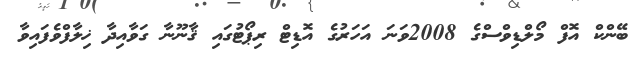
ބޭންކް އޮފް މޯލްޑިވްސްގެ 2008ވަނަ އަހަރުގެ އޮޑިޓް ރިޕޯޓުގައި ޤާނޫނާ ގަވާއިދާ ޚިލާފްވެފައިވާ